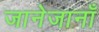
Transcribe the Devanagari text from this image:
जानेजानाँ